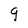
Character: g